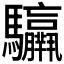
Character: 𩧣